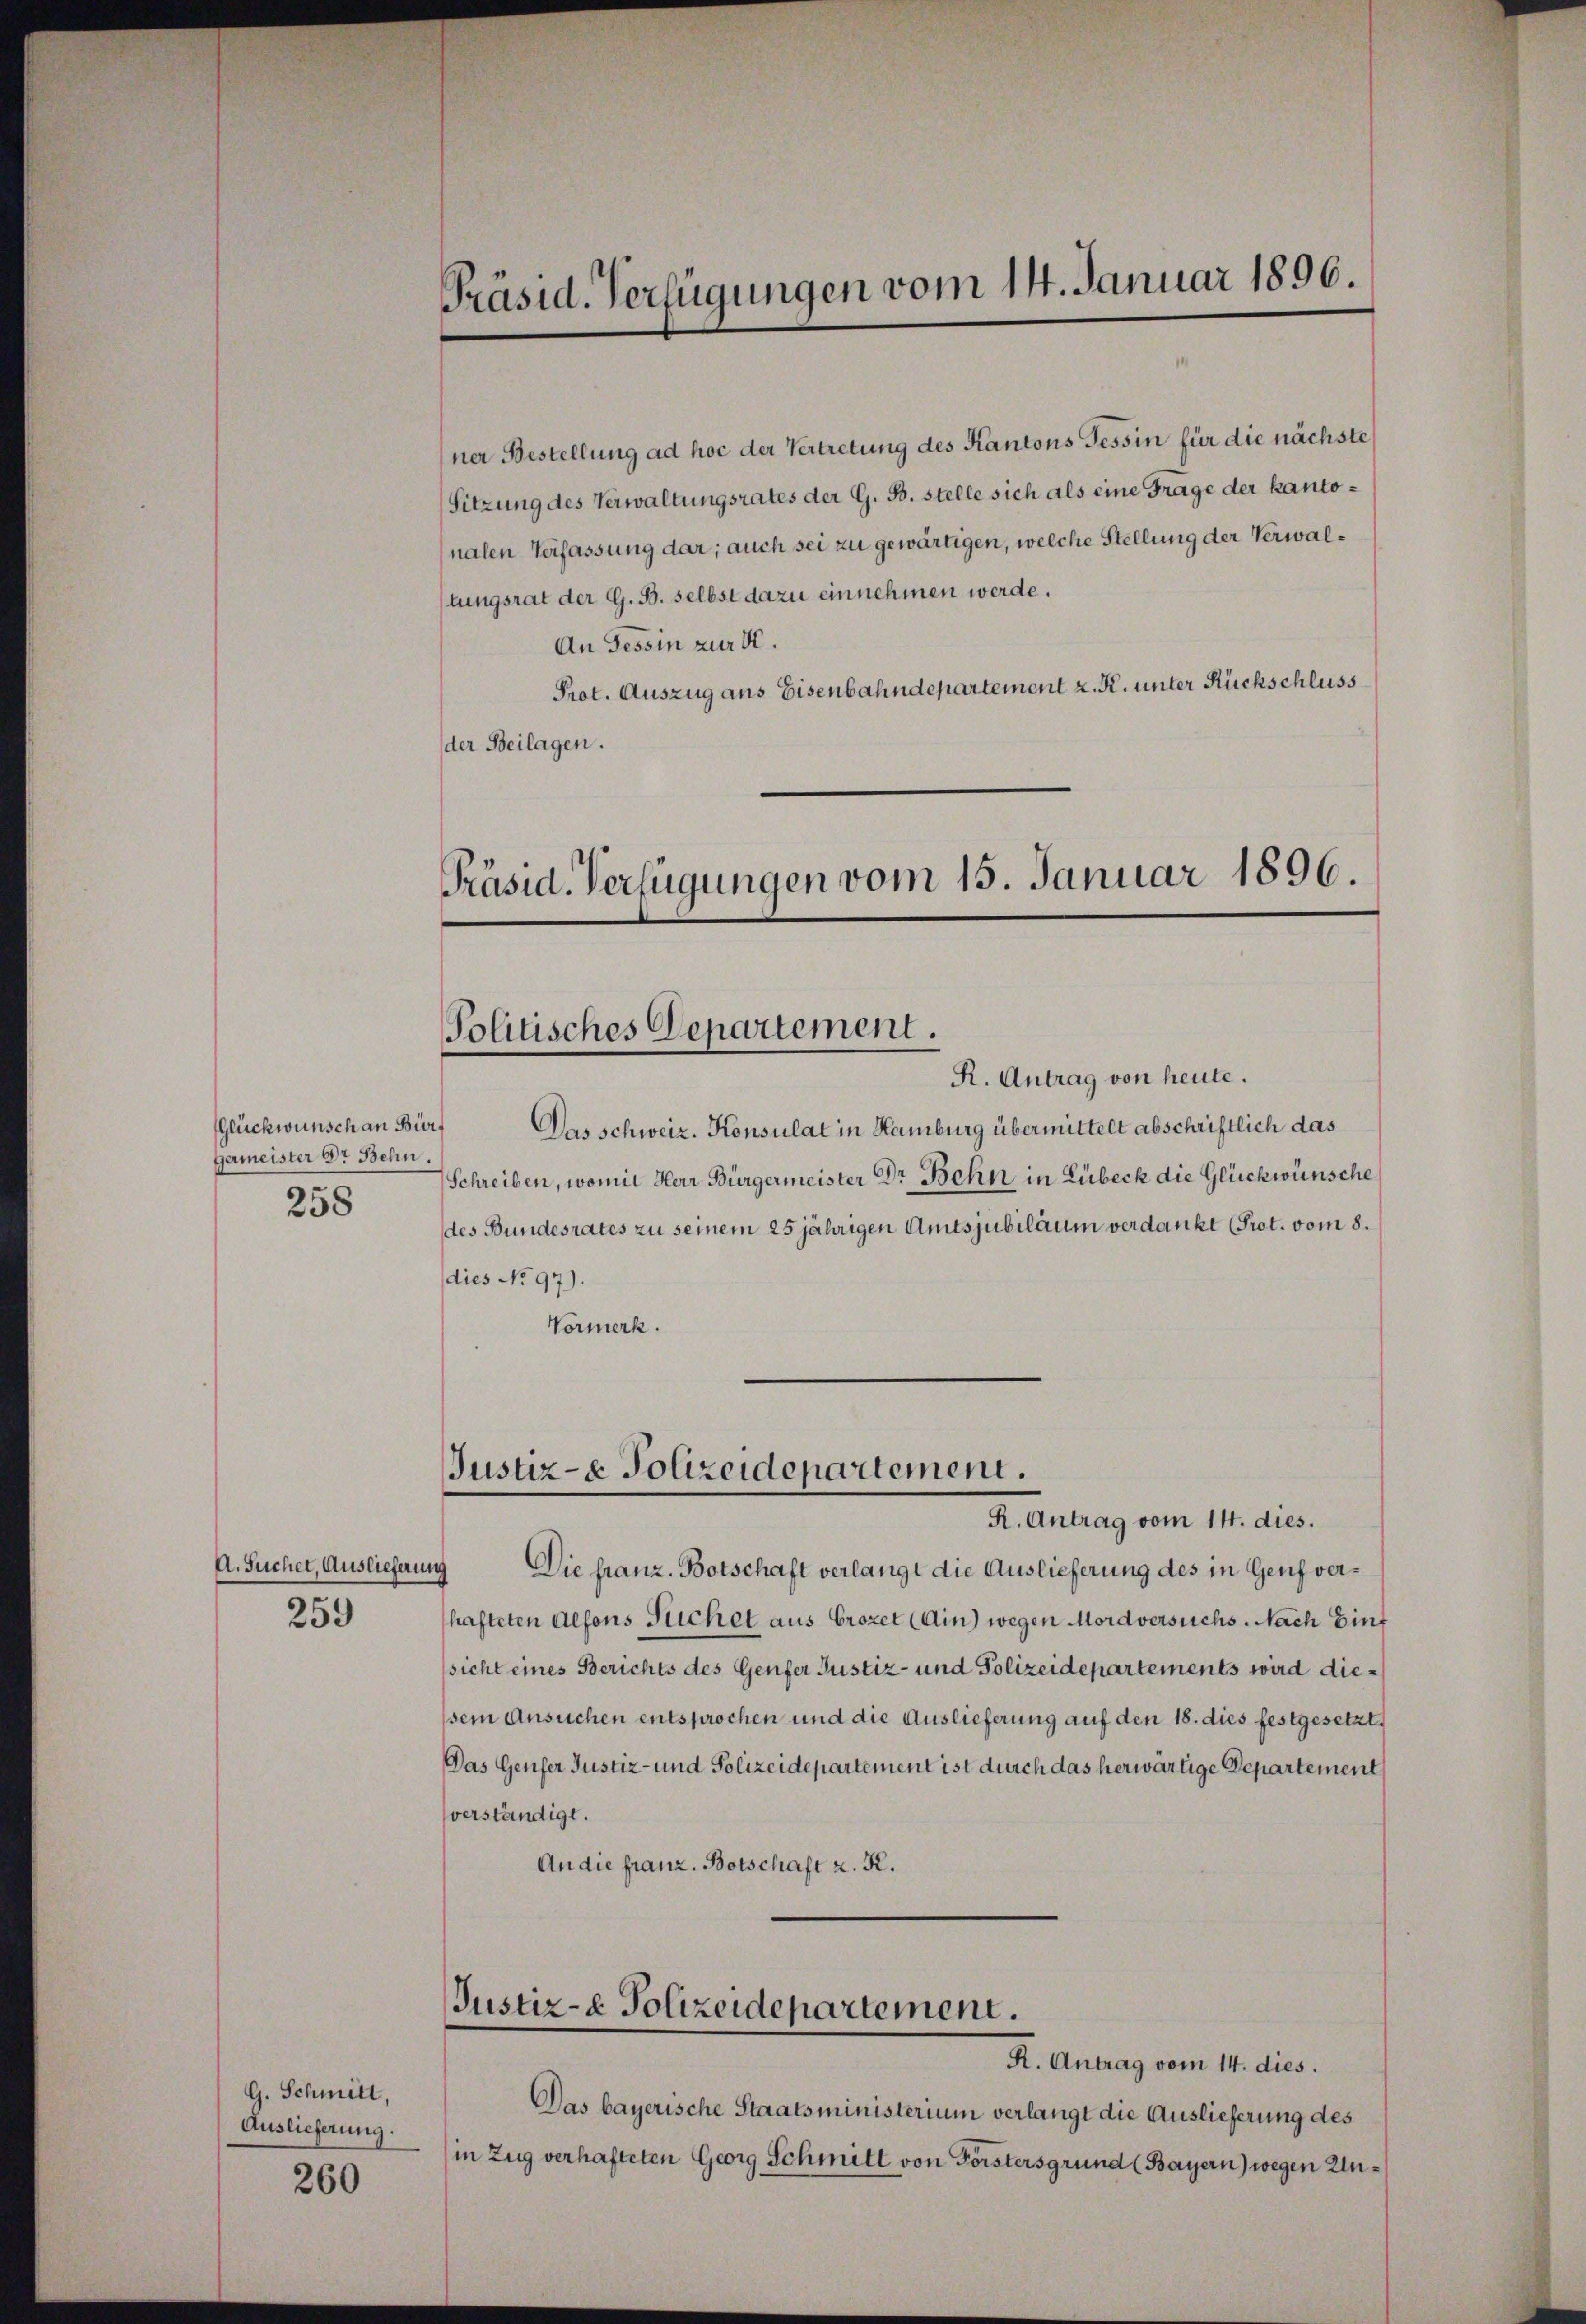
Glückwünsch an Bür¬
Germeister Dr Behn.
258

A. Suchet, Auslieferung
259

G. Schmitt,
Auslieferung.

260

Präsid. Verfügungen vom 14. Januar 1896.

ner Bestellung ad hoc der Vertretung des Kantons Tessin für die nächste
Sitzung des Verwaltungsrates der G. B. stelle sich als eine Frage der kantonalen Verfassung dar; auch sei zu gewärtigen, welche Stellung der Verwallungsrat der G. B. selbst dazu einnehmen werde.
An Tessin zur K.
Prot. Auszug aus Eisenbahndepartement z. K. unter Rückschluss
der Beilagen.

Präsid. Verfügungen vom 15. Januar 1896.
Politisches Departement.

R. Antrag von heute.
Das schweiz. Konsulat in Hamburg übermittelt abschriftlich das
Schreiben, womit Herr Bürgermeister Dr. Behn in Lübeck die Glückwünsche
des Bundesrates zu seinem 25jährigen Amtsjubiläum verdankt (Prot. vom 8.
dies No 97).
Vormerk.

Die franz. Botschaft verlangt die Auslieferung des in Genf verhafteten Alfons Tuchet aus Prozet (Ain) wegen Mordversuchs. Nach Einf
sicht eines Berichts des Genfer Justiz- und Polizeidepartements wird diesein Ansuchen entsprochen und die Auslieferung auf den 18. dies festgesetzt,
Das Genfer Justiz- und Polizeidepartement ist durch das herwärtige Departement
verständigt.
An die franz. Botschaft z. R.

Justiz-e Polizeidepartement.
R. Antrag vom 14. dies.

Justiz- & Polizeidepartement.
R. Antrag vom 14. dies.

Das bayerische Staatsministerium verlangt die Auslieferung des
in Zug verhafteten Georg Schmitt von Forstersgrund (Bayern) wegen Un¬